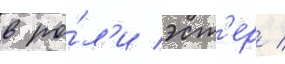
в ро́л'и эст'ер /